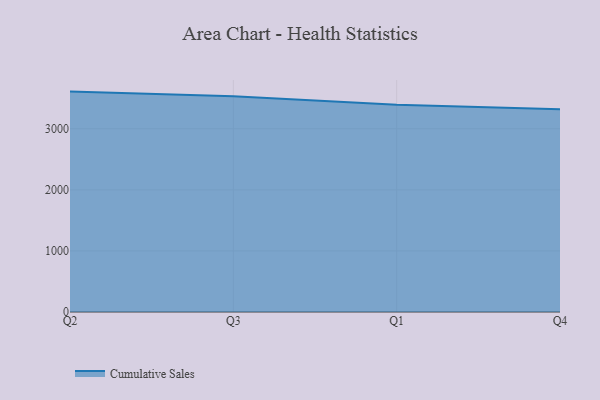
{"axis": {"x": "Quarter", "y": "Backlog"}, "legend": ["Cumulative Sales"], "data": [{"x": "Q2", "y": 3608.0, "type": "Cumulative Sales"}, {"x": "Q3", "y": 3530.5, "type": "Cumulative Sales"}, {"x": "Q1", "y": 3393.2, "type": "Cumulative Sales"}, {"x": "Q4", "y": 3319.6, "type": "Cumulative Sales"}]}